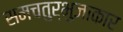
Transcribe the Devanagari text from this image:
समचतुर्भुजाकार